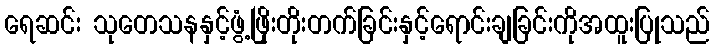
ရေဆင်း သုတေသနနှင့်ဖွံ့ဖြိုးတိုးတက်ခြင်းနှင့်ရောင်းချခြင်းကိုအထူးပြုသည်